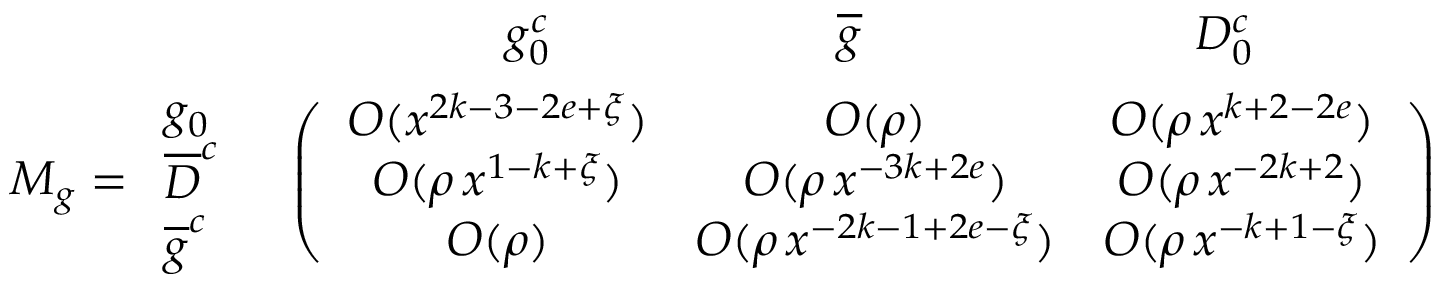
\begin{array} { r l } { { \vphantom { \bigg ( } } } & { { \begin{array} { c c c c } { { \qquad \qquad g _ { 0 } ^ { c } \qquad \qquad } } & { { \quad \overline { { { g } } } \qquad \qquad } } & { { \qquad D _ { 0 } ^ { c } } } & { { } } \end{array} } } \\ { { M _ { g } = \begin{array} { l } { { g _ { 0 } } } \\ { { { \overline { { D } } ^ { c } } } } \\ { { { \overline { { g } } ^ { c } } } } \end{array} } } & { { \left( \begin{array} { c c c } { { O ( x ^ { 2 k - 3 - 2 e + \xi } ) } } & { { O ( \rho ) } } & { { O ( \rho \, x ^ { k + 2 - 2 e } ) } } \\ { { O ( \rho \, x ^ { 1 - k + \xi } ) } } & { { O ( \rho \, x ^ { - 3 k + 2 e } ) } } & { { O ( \rho \, x ^ { - 2 k + 2 } ) } } \\ { { O ( \rho ) } } & { { O ( \rho \, x ^ { - 2 k - 1 + 2 e - \xi } ) } } & { { O ( \rho \, x ^ { - k + 1 - \xi } ) } } \end{array} \right) } } \end{array}